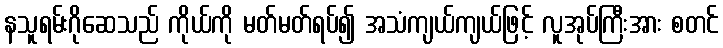
နသူရမ်းဂိုဆေသည် ကိုယ်ကို မတ်မတ်ရပ်၍ အသံကျယ်ကျယ်ဖြင့် လူအုပ်ကြီးအား စတင်